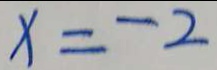
x = - 2